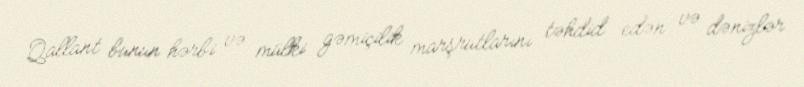
Qallant bunun hərbi və mülki gəmiçilik marşrutlarını təhdid edən və dənizlər